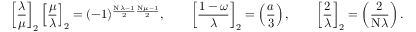
\left[ { \frac { \lambda } { \mu } } \right] _ { 2 } \left[ { \frac { \mu } { \lambda } } \right] _ { 2 } = ( - 1 ) ^ { { \frac { \mathrm { N } \lambda - 1 } { 2 } } { \frac { \mathrm { N } \mu - 1 } { 2 } } } , \qquad \left[ { \frac { 1 - \omega } { \lambda } } \right] _ { 2 } = \left( { \frac { a } { 3 } } \right) , \qquad \left[ { \frac { 2 } { \lambda } } \right] _ { 2 } = \left( { \frac { 2 } { \mathrm { N } \lambda } } \right) .